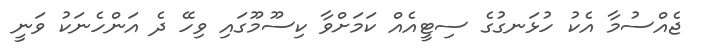
ޖެއްސުމާ އެކު ހުޅަނގުގެ ސިޓީއެއް ކަމަށްވާ ކިސޫމޫގައި ވިހޭ ދެ އަންހެނަކު ވަނީ